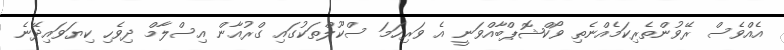
އެއްވެސް ރޭވުންތެރިކަމެއްނެތި ވޯކްޝޮޕްބާއްވަނީ އެ ވަރިހަމަ ސްކޫލްތަކުގައި ގްރުއާން އިސްލާމް ދިވެހި ކިޔަވައިދޭނެ